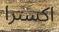
اكسترا